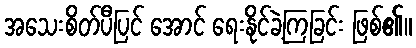
အသေးစိတ်ပီပြင် အောင် ရေးနိုင်ခဲ့ကြခြင်း ဖြစ်၏။